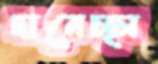
দানেচ্ছা